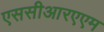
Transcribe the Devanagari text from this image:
एससीआरएएम